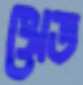
থ্রেড